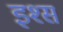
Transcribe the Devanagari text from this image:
इश्स